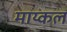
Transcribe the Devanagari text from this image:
माय्कल